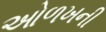
ઓળખની